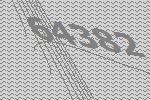
64382